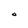
Character: O